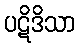
ပဋိဒိသာ